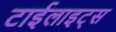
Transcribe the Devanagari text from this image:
टाईलाइट्स